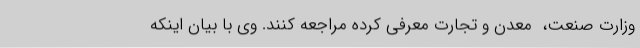
وزارت صنعت، ‌ معدن و تجارت معرفی کرده مراجعه کنند. وی با بیان اینکه